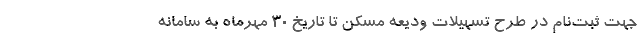
جهت ثبت‌نام در طرح تسهیلات ودیعه مسکن تا تاریخ ۳۰ مهرماه به سامانه